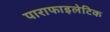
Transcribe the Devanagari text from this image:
पाराफाइलेटिक